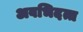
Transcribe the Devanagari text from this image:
अवभिदत्त